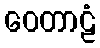
ဝေတာဠံ